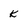
Character: k